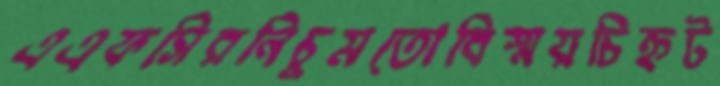
এএফসিরনিচুমতোবিস্ময়চিহ্নট